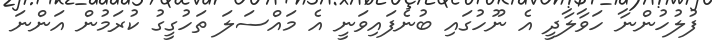
ފުލުހުންނާ ހަވާލާދީ އެ ނޫހުގައި ބުނެފައިވަނީ އެ މައްސަލަ ތަހުގީގު ކުރަމުން އަންނަ